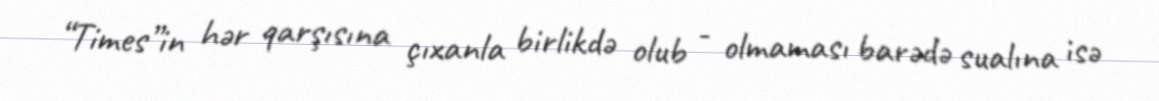
“Times”in hər qarşısına çıxanla birlikdə olub - olmaması barədə sualına isə